Reports on dispensaries and lunatic asylums in the Province of Oudh - 1869-1876
Year: 1869
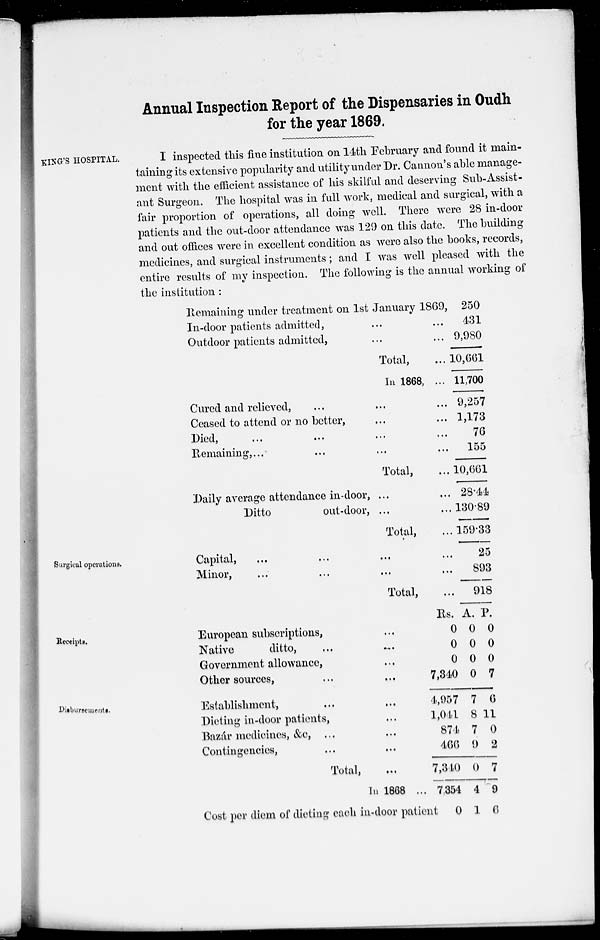
Annual Inspection Report of the Dispensaries in Oudh
for the year 1869.
KING'S HOSPITAL.
I inspected this fine institution on 14th February and found it main-
taining its extensive popularity and utility under Dr. Cannon's able manage-
ment with the efficient assistance of his skilful and deserving Sub-Assist-
ant Surgeon. The hospital was in full work, medical and surgical, with a
fair proportion of operations, all doing well. There were 28 in-door
patients and the out-door attendance was 129 on this date. The building
and out offices were in excellent condition as were also the books, records,
medicines, and surgical instruments; and I was well pleased with the
entire results of my inspection. The following is the annual working of
the institution :
Remaining under treatment on 1st January 1869, 250
In-door patients admitted, ... ...
Outdoor patients admitted, ... ...
Total, ...
In 1868, ...
Cured and relieved, ... ... ...
Ceased to attend or no better, ... ...
Died, ... ... ... ...
Remaining, ... ... ... ...
Total, ...
Daily average attendance in-door, ... ...
Ditto
out-door, ... ...
Total, ...
431
9,980
10,661
11,700
9,257
1,173
76
155
10,661
28.44
130.89
159.33
Surgical operations.
Capital,
...
...
...
...
Minor, ... ... ... ...
Total, ...
25
893
918
Receipts.
European subscriptions,
Native
ditto, ... ...
Government allowance, ...
Other sources, ... ...
Rs.
0
0
0
7,340
A.
0
0
0
0
P.
0
0
0
7
Disbursements.
Establishment, ... ...
Dieting in-door patients, ...
Bazár medicines, &c, ... ...
Contingencies, ... ...
Total, ...
In 1868 ...
Cost per diem of dieting each in-door patient
4,957
1,041
874
466
7,340
7,354
0
7
8
7
9
0
4
1
6
11
0
2
7
9
6